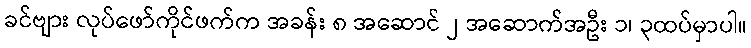
ခင်ဗျား လုပ်ဖော်ကိုင်ဖက်က အခန်း ၈ အဆောင် ၂ အဆောက်အဦး ၁၊ ၃ထပ်မှာပါ။